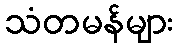
သံတမန်များ